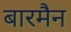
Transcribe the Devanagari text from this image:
बारमैन